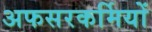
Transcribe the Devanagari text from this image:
अफसरकर्मियों